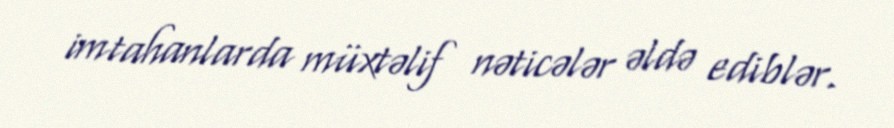
imtahanlarda müxtəlif nəticələr əldə ediblər.